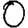
Digit: 0